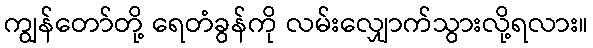
ကျွန်တော်တို့ ရေတံခွန်ကို လမ်းလျှောက်သွားလို့ရလား။